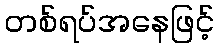
တစ်ရပ်အနေဖြင့်